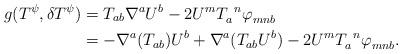
LaTeX: \begin{align*}g(T^\psi,\delta T^\psi)&=T_{ab}\nabla^aU^b-2U^mT_a^{\phantom{a}n}\varphi^{\phantom{m}}_{mnb}\\ &=-\nabla^a(T_{ab})U^b+\nabla^a(T_{ab}U^b)-2U^mT_a^{\phantom{a}n}\varphi^{\phantom{A}}_{mnb}.\end{align*}